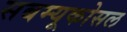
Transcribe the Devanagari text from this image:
सबम्‍यूकोसल